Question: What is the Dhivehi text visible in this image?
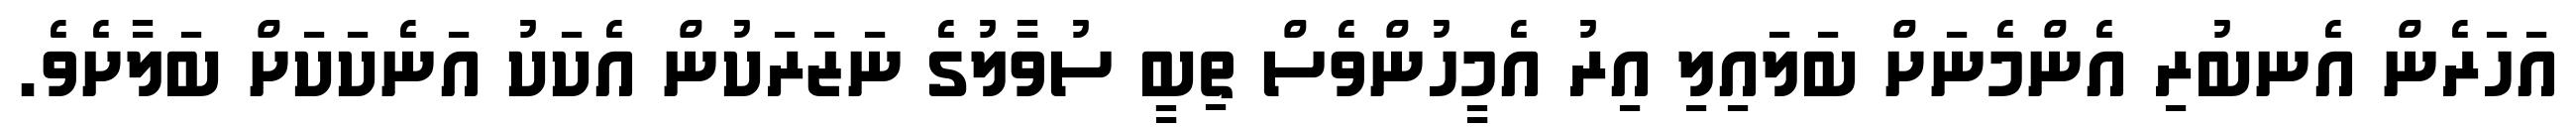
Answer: އަހަރެން އެނބުރި އެންމެނަށް ބަލައިލި އިރު އެމީހުންވެސް ތިބީ ސުވާލުގެ ނަޒަރަކުން އެކަކު އަނެކަކަށް ބަލާށެވެ.